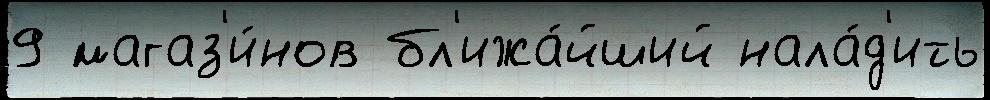
9 магаз'и́нов бл'ижа́йший нала́д'ить